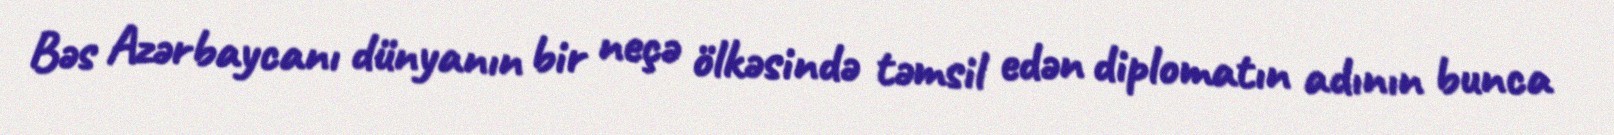
Bəs Azərbaycanı dünyanın bir neçə ölkəsində təmsil edən diplomatın adının bunca